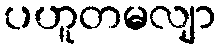
ပဟူတမလျာ